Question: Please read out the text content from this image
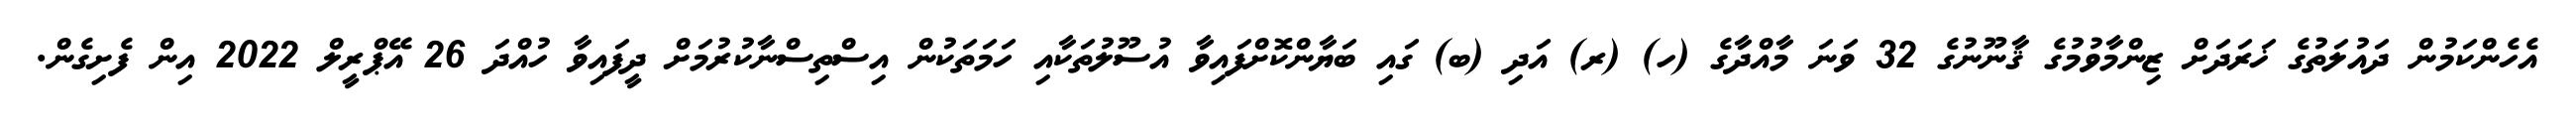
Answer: އެހެންކަމުން ދައުލަތުގެ ޚަރަދަށް ޒިންމާވުމުގެ ޤާނޫނުގެ 32 ވަނަ މާއްދާގެ (ހ) (ރ) އަދި (ބ) ގައި ބަޔާންކޮށްފައިވާ އުސޫލުތަކާއި ހަމަތަކުން އިސްތިސްނާކުރުމަށް ދީފައިވާ ހުއްދަ 26 އޭޕްރީލް 2022 އިން ފެށިގެން.